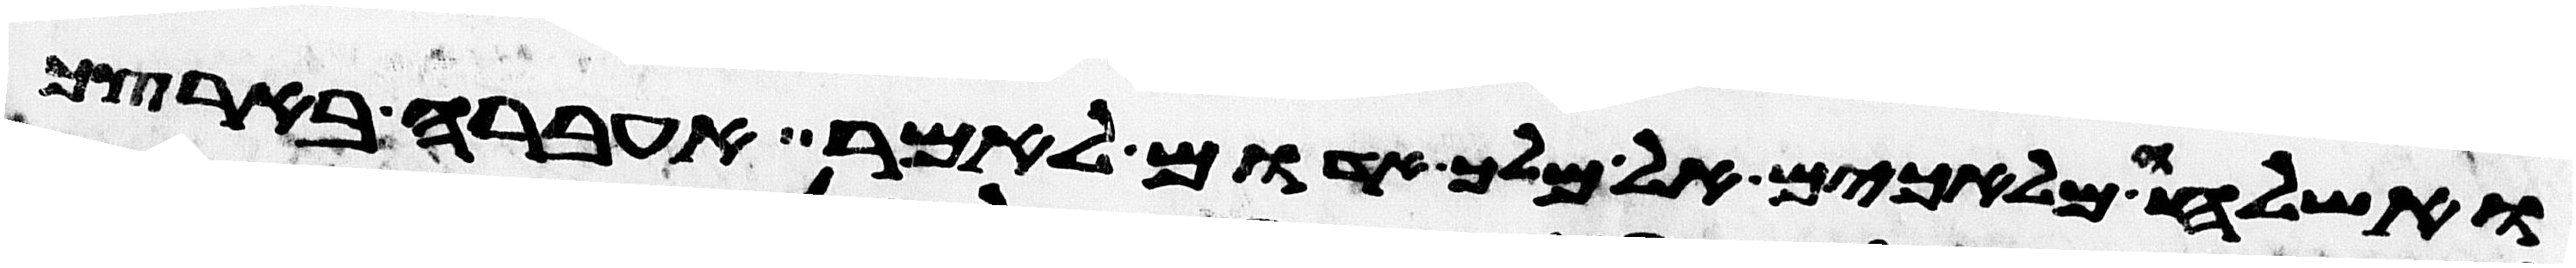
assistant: ואשלחה מלאכים אל מלך אדום לאמר אעברה בארצך